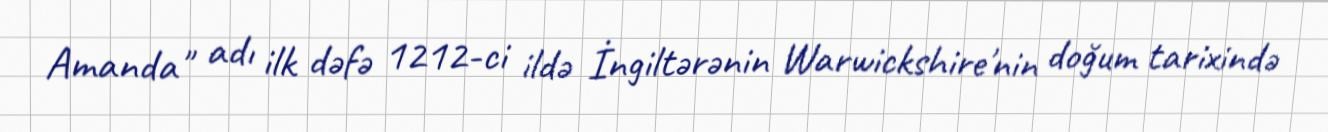
Amanda" adı ilk dəfə 1212-ci ildə İngiltərənin Warwickshire'nin doğum tarixində